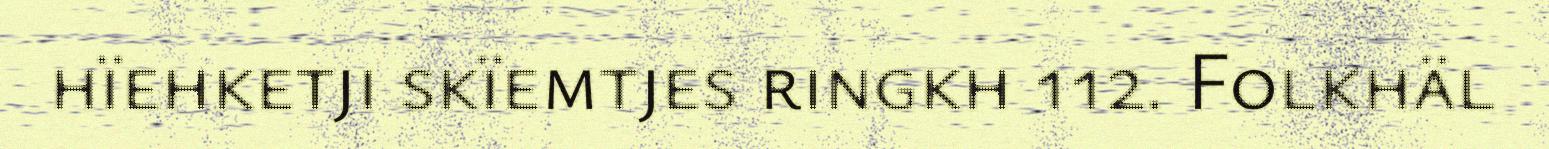
hïehketji skïemtjes ringkh 112. Folkhäl